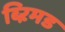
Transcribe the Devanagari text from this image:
ब्ऱिमड